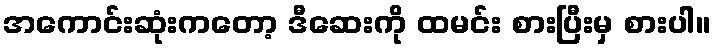
အကောင်းဆုံးကတော့ ဒီဆေးကို ထမင်း စားပြီးမှ စားပါ။